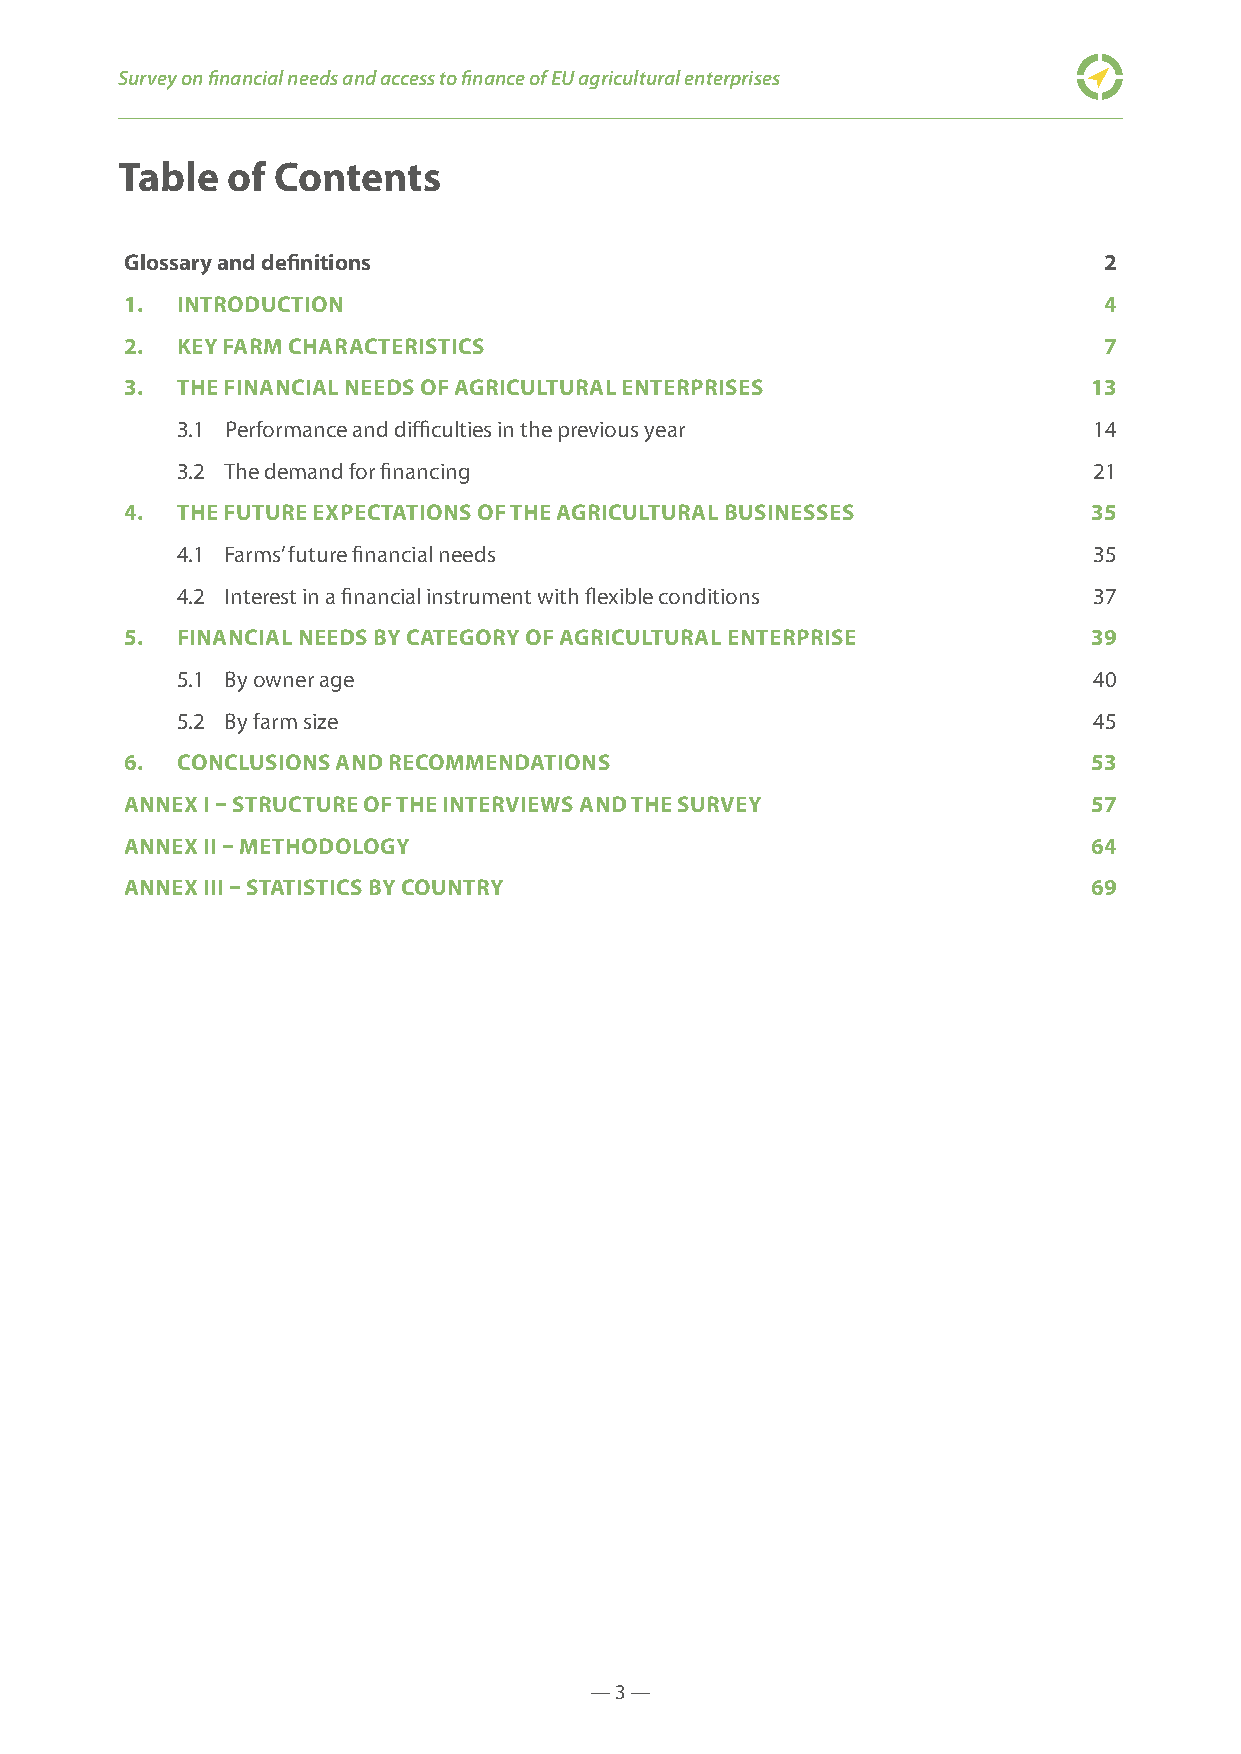
Survey on financial needs and access to finance of EU agricultural enterprises
 Table  of Contents
 Glossary and definitions                                         2
 1.  INTRODUCTION                                                 4
 2.  KEY FARM CHARACTERISTICS                                     7
 3.  THE FINANCIAL NEEDS OF AGRICULTURAL ENTERPRISES             13
 3.1 Performance and difficulties in the previous year       14
 3.2 The demand for financing                                21
 4.  THE FUTURE EXPECTATIONS OF THE AGRICULTURAL BUSINESSES      35
 4.1 Farms’ future financial needs                           35
 4.2 Interest in a financial instrument with flexible conditions 37
 5.  FINANCIAL NEEDS BY CATEGORY OF AGRICULTURAL ENTERPRISE      39
 5.1 By owner age                                            40
 5.2 By farm size                                            45
 6.  CONCLUSIONS AND RECOMMENDATIONS                             53
 ANNEX I – STRUCTURE OF THE INTERVIEWS AND THE SURVEY            57
 ANNEX II – METHODOLOGY                                          64
 ANNEX III – STATISTICS BY COUNTRY                               69
 — 3 —